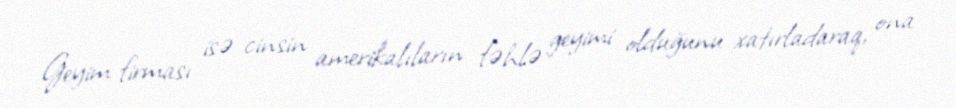
Geyim firması isə cinsin amerikalıların fəhlə geyimi olduğunu xatırladaraq, ona